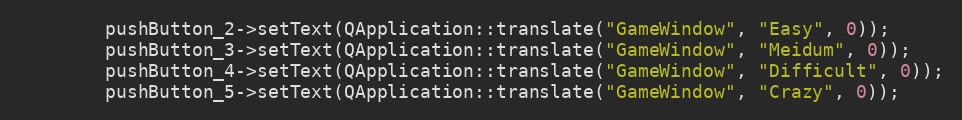
Language: C
        pushButton_2->setText(QApplication::translate("GameWindow", "Easy", 0));
        pushButton_3->setText(QApplication::translate("GameWindow", "Meidum", 0));
        pushButton_4->setText(QApplication::translate("GameWindow", "Difficult", 0));
        pushButton_5->setText(QApplication::translate("GameWindow", "Crazy", 0));